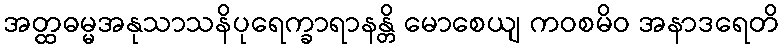
အတ္ထဓမ္မအနုသာသနိပုရေက္ခာရာနန္တိ မောစေယျ ကဝစမိဝ အနာဒရေတိ